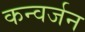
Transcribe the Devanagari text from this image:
कन्वर्जन